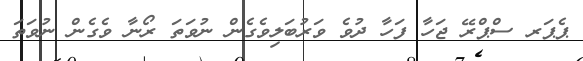
ޕެޕަރ ސްޕްރޭ ޖަހާ ފަހާ ދުވެ ވަރުބަލިވެގެން ނުވަތަ ރޯނާ ވެގެން ނުވަތަ